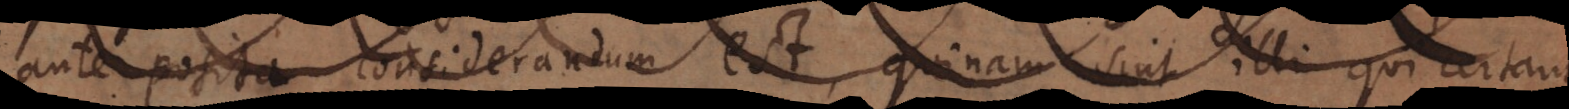
ante posita considerandum est, quinam sint illi qui certant.